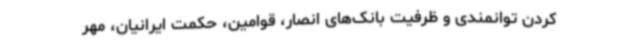
کردن توانمندی و ظرفیت‌ بانک‌های انصار، قوامین، حکمت ایرانیان، مهر